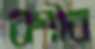
বগীর